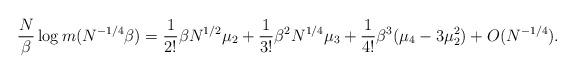
LaTeX: \begin{align*}\frac{N}{\beta}\log m(N^{-1/4} \beta) &= \frac{1}{2!}\beta N^{1/2} \mu_2 + \frac{1}{3!}\beta^2 N^{1/4} \mu_3 + \frac{1}{4!}\beta^3 (\mu_4-3\mu_2^2) + O(N^{-1/4}).\end{align*}